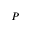
P